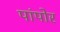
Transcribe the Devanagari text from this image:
पांपोर